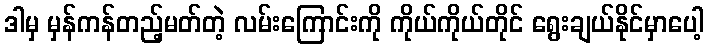
ဒါမှ မှန်ကန်တည့်မတ်တဲ့ လမ်းကြောင်းကို ကိုယ်ကိုယ်တိုင် ရွေးချယ်နိုင်မှာပေါ့